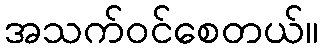
အသက်ဝင်စေတယ်။